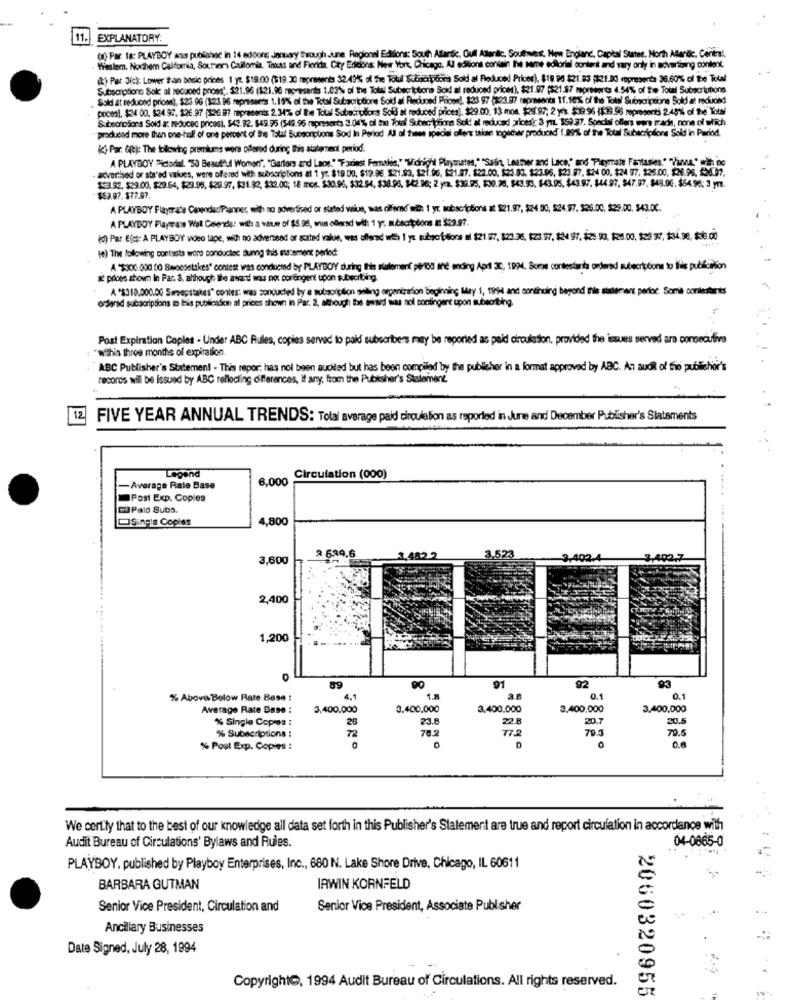
11.
EXPLANATORY:
() Par ta: PLAYBOY ass puòlohac in 14 edoons January through june Regional Editions: South Atlantic, Gull Atlanilc, Southwest. New England, Capèal Suites. North Atlantic, Centers !.
Waslem. Northem California, Soutien Callomia, Trots and Florida, Czy Edeions: New York, Chicago. Al editions contain The same echoriai content and vary only in advertising content.
(t) Par. Sick: Lower than basic prices 1 yt. $19:00 ($19.30 represents 32.43% of five Totul Subscriptcità Sold al Reduced Prices), $19 96 $21.83 (321.23 ropresenta 36.60%% of the Total
Subscriptions Sold al secaved prioss'. $21.96 (121.96 represents 1.03% of the Total Subscriptions Soi al reduced prices), $21.97 (521.87 moresorts 4.54% of the Total Subscriptions
Sold at reduced priosel, $23.96 (323 96 represents 1.16% of the Total Subscriptions Sold al Reduced Prione !, $23 97 (323.87 represents 11.10% of the Total Subscriptione Sold at mcuond
poces), $24 00. $24 97, $26.97 [8:26 87 represents 2.347% of the Total Subacudons Soff at reduced prices), $29 .00. 13 mos. $29.97; 2 yrs. $19.96 (539.96 represents 2.45% of the Towni
Subscriofions Sold a: reduced pricest, $43.92. $49.95 (545.96 represents 3.04% of the osal Subac iphones Sol! al reduced prices): 3 yr. 359.37. Special offers were prade, none of which
producad more than one-hall of one percent of Ere Talal Sucsorptions Sod In Period All of these ipecisi oflens talon togsder produced 1.89% of the Total Subscriptions Sold in Period.
() Par. Git): The following premiums were offered during This statement period.
A PLAYBOY Pictodal. 30 Beautiful Woman", "Garters and Laos." "Faxiest Females," "Wichight Playmates,"Sash, Leather and Lace," and Playmale Fantasies,"Vama" with 00
- advertised or sta'ed values, were offered with subscriptions at 1 yr. $19 00, $19.96. $21.93, $21.96, 621.07. $22.00, $23.05. $23.96, 523.97, 524 00. $24 97. $25.00, $26.96. 20.97.
$23.95, $29.00, $29.64, $23.95, 429 97, $31.82, $12.00; 18 mos. $30.96, $32.94, $38.98. 542.96; 2 yea. $39.95, 530.76. 543.50. $43.05. 443 97. 144 97, 847.97. 849.96. $64.96: 3 ym.
$53.07. $77.97.
A PLAYBOY Flayer ate Calendar/Planner, with no advertised or stated wiu, was olferd with 1 yr. subscriptions at $21.97, $24 90, $24.97. 526.00. $29.00. 543.00.
A PLAYBOY Flayerane Wall Gelenda: with a value of $5 98, win ollersd wit: 1 yr. subscriptions at $29.97.
(*) Par E(#: A PLAYBOY video tape, with no adverused or gated value, was offered with) | ys pubgoflions nl $21 7, 823.36, 123. 27, #24 97, 425 93, 20.00, $29 77, $34,90, $6.00
(e) The following contasta wore conductoc during this statement perlod
A "$300.000 00 Swoesettkes" contest was conducted by PLAYBOY during Ihis sirlement pertod and ending April 30, 1994. Some contestants ordered subscriptions to this publication
& prices shown In Par. a. although the award was not corengent upon subeciting.
A "$310,000.00 Simsepttakes" contes: was conducted by a subscription selling organization beginning Milly 1, 1994 and continuing beyond the statement period Somil contestants
ordered subscriptions to this publication al prices shown in Par. 2, although the award was nol contingent upon subscribing.
Post Expiration Coples - Under ABC Rules, copies served to paid subscribers may be reported as paid circulation, provided the issues served aro consecutive
"Within three months of expiration.
ABC Publisher's Statement - This repor: has not been auoiled but has been compiled by the publicher in a format approved by ABC. An audi of frio publichor's
records wil be Issued by ABC reflecting differences, If any, from the Publisher's Statement.
12
FIVE YEAR ANNUAL TRENDS: Tolal average paid circulation as reported in June and December Publisher's Statements
Legend
6,000
Circulation (000)
-Average Rale Base
Post Exp. Copies
DO Paid Subs.
Singin Copies
4,800
8 639.6
3.523
3,600
2,400
1,200
90
91
92
% Above Bolow Rate Base
4.1
1.5
0.1
0.1
Average Rate Base :
3,400,000
0.400,000
3.400.000
3.400.000
3,400,000
% Single Copmea :
26
23.8
22.B
20.7
20.5
72
78.2
77.2
70.3
70.5
% Subscriptions
% Post Exp. Copies :
0
O
We certily that to the best of our knowledge all data set forth in this Publisher's Statement are true and report circulation in accordance with
Audit Bureau of Circulations' Bylaws and Rules.
04-0865-0
PLAYBOY. published by Playboy Enterprises, Inc ., 680 N. Lake Shore Drive, Chicago, IL 60611
BARBARA GUTMAN
IRWIN KORNFELD
Senior Vice President, Circulation and
Senior Vice President, Associate Publisher
Ancillary Businesses
Date Signed, July 28, 1994
Copyright, 1994 Audit Bureau of Circulations. All rights reserved.
2060320955